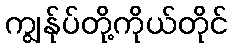
ကျွန်ုပ်တို့ကိုယ်တိုင်